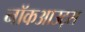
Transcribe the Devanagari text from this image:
नॉकआउट्स